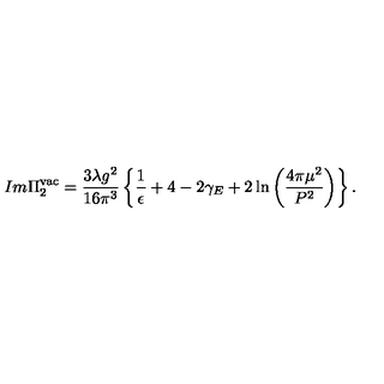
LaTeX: I m \Pi _ { 2 } ^ { \mathrm { v a c } } = \frac { 3 \lambda g ^ { 2 } } { 1 6 \pi ^ { 3 } } \left\{ \frac { 1 } { \epsilon } + 4 - 2 \gamma _ { E } + 2 \ln \left( \frac { 4 \pi \mu ^ { 2 } } { P ^ { 2 } } \right) \right\} .